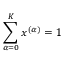
\sum _ { \alpha = 0 } ^ { K } x ^ { ( \alpha ) } = 1